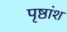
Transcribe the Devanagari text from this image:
पृष्ठांश